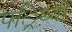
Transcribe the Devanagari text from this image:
पर्िथ्वी